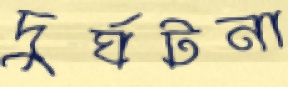
দুর্ঘটনা